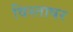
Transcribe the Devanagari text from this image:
विस्ताषर